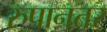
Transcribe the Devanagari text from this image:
रुपानतर